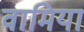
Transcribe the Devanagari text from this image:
वामिया